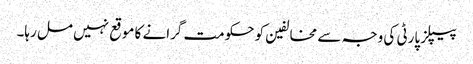
پیپلز پارٹی کی وجہ سے مخالفین کو حکومت گرانے کا موقع نہیں مل رہا۔